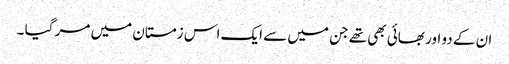
ان کے دو اور بھائی بھی تھے جن میں سے ایک اس زمستان میں مر گیا ۔